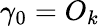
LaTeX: \gamma_{0}=O_{k}